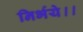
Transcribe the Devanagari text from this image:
निर्भये।।